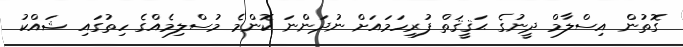
ގޮތުން އިސްލާމް ދީނުގެ ޙަޤީޤަތް ފުރިހަމައަށް ނުދަންނަ ކޮންމެ މުސްލިމެއްގެ ހިތުގައި ޝައްކު